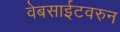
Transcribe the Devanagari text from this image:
वेबसाईटवरुन